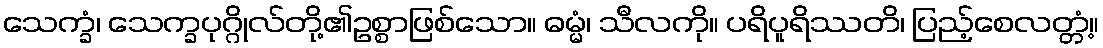
သေက္ခံ၊ သေက္ခပုဂ္ဂိုလ်တို့၏ဥစ္စာဖြစ်သော။ ဓမ္မံ၊ သီလကို။ ပရိပူရိဿတိ၊ ပြည့်စေလတ္တံ့။